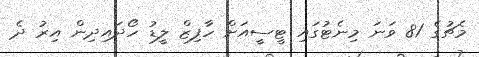
މެޗުގެ 81 ވަނަ މިނެޓުގައި ޓީސީއަށް ހާފިޒް ލީޑު ހޯދައިދިން އިރު ދެ